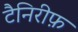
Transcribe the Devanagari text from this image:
टैनिरीफ़